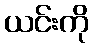
ယင်းကို